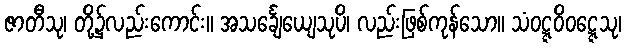
ဇာတီသု၊ တို့၌လည်းကောင်း။ အသင်္ချေယျေသုပိ၊ လည်းဖြစ်ကုန်သော။ သံဝဋ္ဋဝိဝဋ္ဋေသု၊